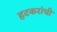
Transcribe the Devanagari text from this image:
हटकरांची